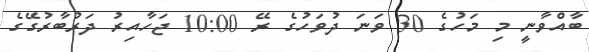
ބާއްވާނީ މި މަހުގެ 30 ވަނަ ދުވަހުގެ ރޭ 10:00 ޖަހާއިރު ދަރުބާރުގޭގެ